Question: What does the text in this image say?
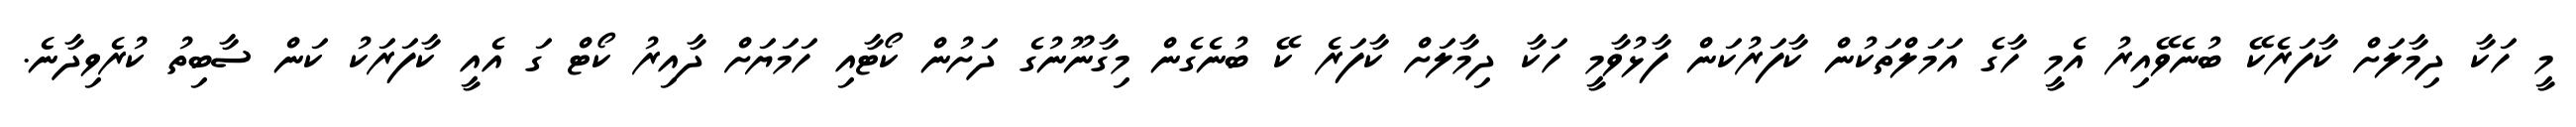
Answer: މީ ހަކާ ދިމާލަށް ކާފަރެކޭ ބުނެވޭއިރު އެމީ ހާގެ އަމަލްތަކުން ކާފަރުކަން ފާޅުވާމީ ހަކާ ދިމާލަށް ކާފަރެ ކޭ ބުނެގެން މިގާނޫނުގެ ދަށުން ކޯޓާއި ހަމަޔަށް ދާއިރު ކޯޓް ގަ އެއީ ކާފަރަކު ކަން ސާބިތު ކުރެވިދާނެ.